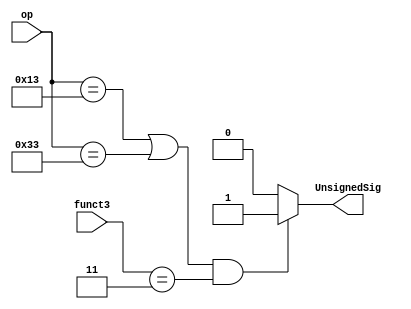
`define I_T 7'b0010011
`define R_T 7'b0110011

module unsigned_decoder(op, funct3, UnsignedSig);
	
	input [6:0] op;
	input [2:0] funct3;
	output UnsignedSig;
	
	assign UnsignedSig = ((op == `I_T | op == `R_T) & (funct3 == 3'b011)) ? 1'b1 : 1'b0;
	
endmodule